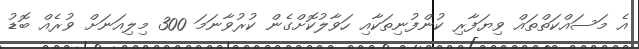
އެ މަސައްކަތްތައް ވިޔަފާރި ކުންފުނިތަކާއި ހަވާލުކޮށްގެން ކުރުވާނަމަ 300 މިލިއަނަށް ވުރެއް ބޮޑު